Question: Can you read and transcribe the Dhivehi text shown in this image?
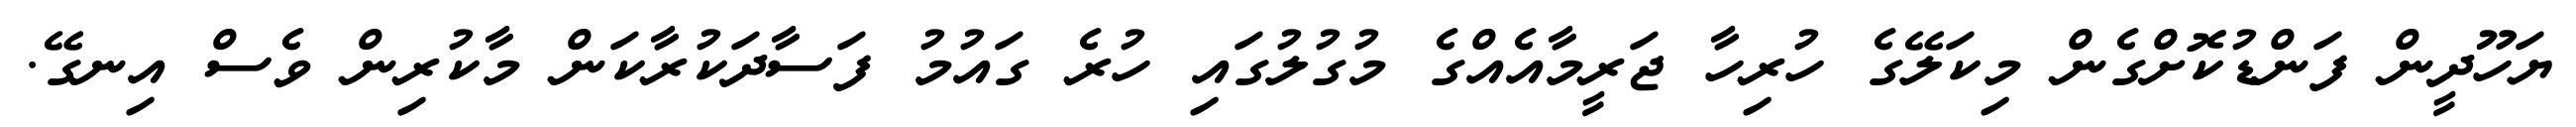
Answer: ޔަހޫދީން ފަންޑުކޮށްގެން މިކަލޭގެ ހުރިހާ ޖަރީމާއެއްގެ މުގުލުގައި ހުރެ ގައުމު ފަސާދަކުރާކަން މާކުރިން ވެސް އިނގޭ.